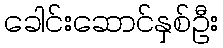
ခေါင်းဆောင်နှစ်ဦး